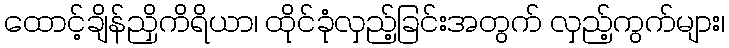
ထောင့်ချိန်ညှိကိရိယာ၊ ထိုင်ခုံလှည့်ခြင်းအတွက် လှည့်ကွက်များ၊